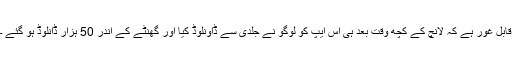
قابل غور ہے کہ لانچ کے کچھ وقت بعد ہی اس ایپ کو لوگو نے جلدی سے ڈاونلوڈ کیا اور گھنٹے کے اندر 50 ہزار ڈانلوڈ ہو گئے ۔